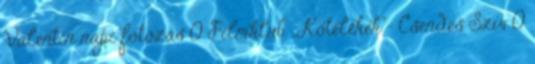
Valentin napi fotózás 0 Filmklub „Kötelékek”- Csendes Szív 0